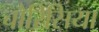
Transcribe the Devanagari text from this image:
चौरिसिया